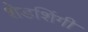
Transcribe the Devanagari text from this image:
शेडशिंगी